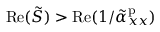
\mathrm { R e } ( \tilde { S } ) > \mathrm { R e } ( 1 / \tilde { \alpha } _ { x x } ^ { \mathrm { p } } )